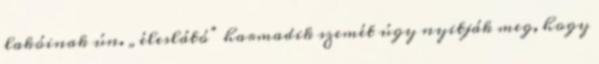
lakóinak ún. „éleslátó” harmadik szemét úgy nyitják meg, hogy